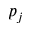
p _ { j }